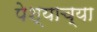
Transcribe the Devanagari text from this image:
पेश्याच्या